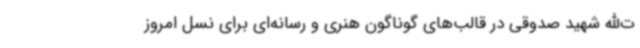
ت‌الله شهید صدوقی در قالب‌های گوناگون هنری و رسانه‌ای برای نسل امروز